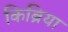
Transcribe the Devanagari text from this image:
किब्रिया